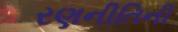
રણનીતિની